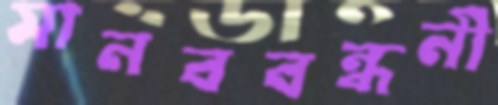
মানববন্ধনী